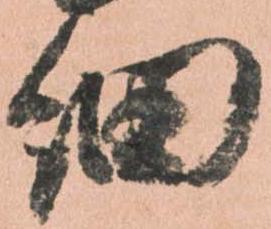
細